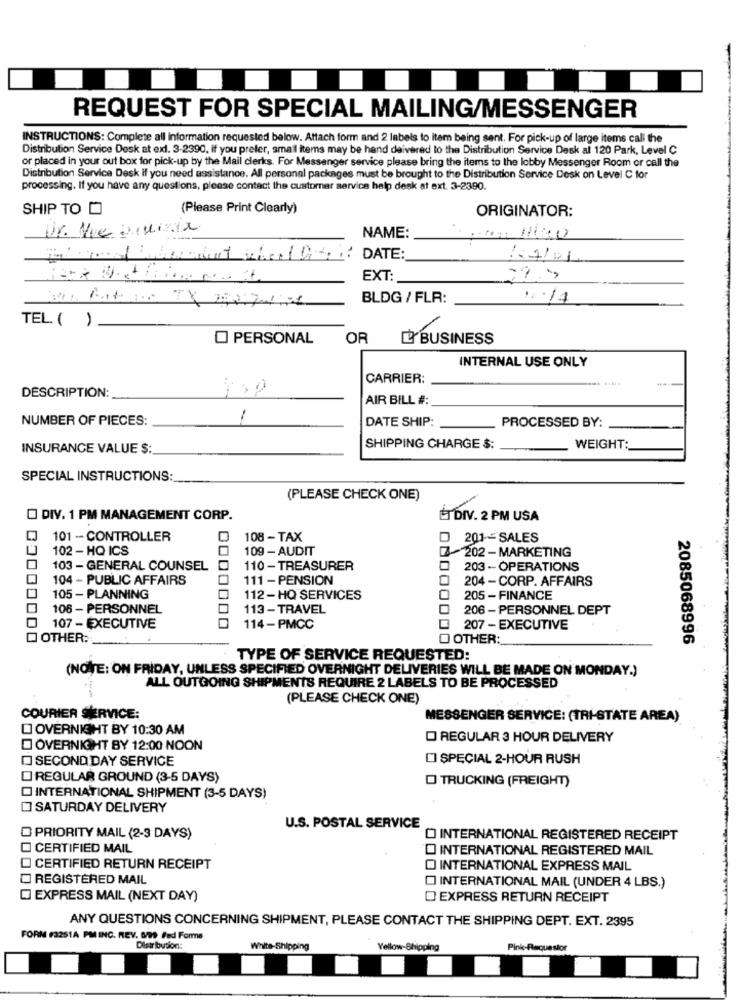
REQUEST FOR SPECIAL MAILING/MESSENGER
INSTRUCTIONS: Complete all information requested below. Attach form and 2 labels to item being sent. For pick-up of large items cali the
Distribution Service Desk at ext. 3-2390, if you prefer, small items may be hand deivered to the Distribution Service Desk al 120 Park, Level C
or placed in your out box for pick-up by the Mail clerks. For Messenger service please bring the items to the lobby Messenger Room or call the
Distribution Service Desk if you need assistance. All personal packages must be brought to the Distribution Service Desk on Level C for
processing. If you have any questions, please contact the customer service help desk at ext. 3-2390.
SHIP TO O
(Please Print Clearly)
ORIGINATOR:
NAME:
: 7/01
EXT:
22.
BLDG / FLR:
TEL. ( )
O PERSONAL
OR
L' BUSINESS
INTERNAL USE ONLY
CARRIER:
.....
DESCRIPTION:
AIR BILL #:
NUMBER OF PIECES:
DATE SHIP:
PROCESSED BY:
INSURANCE VALUE $:
SHIPPING CHARGE $:
WEIGHT:
SPECIAL INSTRUCTIONS:
(PLEASE CHECK ONE)
O DIV. 1 PM MANAGEMENT CORP.
ET DIV. 2 PM USA
LJ
101 - CONTROLLER
108 - TAX
D 201-SALES
102 - HQ ICS
109 - AUDIT
202-MARKETING
O
103 - GENERAL COUNSEL
110 - TREASURER
203 - OPERATIONS
104 - PUBLIC AFFAIRS
111 - PENSION
204 - CORP. AFFAIRS
105 - PLANNING
112-HQ SERVICES
205 - FINANCE
106 - PERSONNEL
113 - TRAVEL
206 - PERSONNEL DEPT
107 - EXECUTIVE
114-PMCC
207 - EXECUTIVE
OTHER:
O OTHER:
2085068996
TYPE OF SERVICE REQUESTED:
(NOTE: ON FRIDAY, UNLESS SPECIFIED OVERNIGHT DELIVERIES WILL BE MADE ON MONDAY.)
ALL OUTGOING SHIPMENTS REQUIRE 2 LABELS TO BE PROCESSED
(PLEASE CHECK ONE)
COURIER SERVICE:
MESSENGER SERVICE: (TRI-STATE AREA)
O OVERNIGHT BY 10:30 AM
O REGULAR 3 HOUR DELIVERY
OVERNIGHT BY 12:00 NOON
D SECOND DAY SERVICE
DI SPECIAL 2-HOUR RUSH
DI REGULAR GROUND (3-5 DAYS)
D TRUCKING (FREIGHT)
INTERNATIONAL SHIPMENT (3-5 DAYS)
SATURDAY DELIVERY
U.S. POSTAL SERVICE
O PRIORITY MAIL (2-3 DAYS)
INTERNATIONAL REGISTERED RECEIPT
CERTIFIED MAIL
O INTERNATIONAL REGISTERED MAIL
CERTIFIED RETURN RECEIPT
INTERNATIONAL EXPRESS MAIL
REGISTERED MAIL
INTERNATIONAL MAIL (UNDER 4 LBS.)
EXPRESS MAIL (NEXT DAY)
D EXPRESS RETURN RECEIPT
ANY QUESTIONS CONCERNING SHIPMENT, PLEASE CONTACT THE SHIPPING DEPT. EXT. 2395
FORM #3251A PMINC. REV. 8/99 Ffed Forme
Distribution:
White-Shipping
Yellow-Shipping
Pink-Requestor